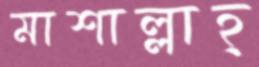
মাশাল্লাহ্